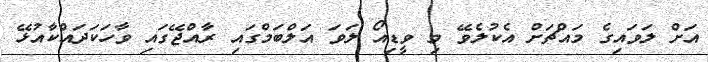
އަށް ލަވައިގެ މައްޗަށް އެކުލެވޭ މި ވީޑިއޯ ލަވަ އަލްބަމްގައި ރާއްޖޭގައި ވާހަކަދައްކާއުޅޭ